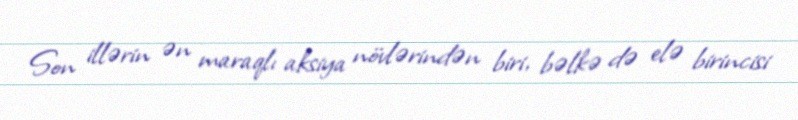
Son illərin ən maraqlı aksiya növlərindən biri, bəlkə də elə birincisi